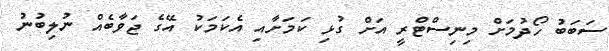
ސަބަބު ހޯދުމަށް މިނިސްޓްރީ އަށް ގުޅި ކަމަށާއި އެކަމަކު އޭގެ ޖަވާބެއް ނުލިބުނު